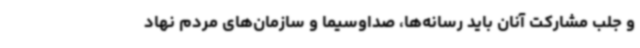
و جلب مشارکت آنان باید رسانه‌ها، صداوسیما و سازمان‌های مردم نهاد